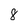
Character: 8